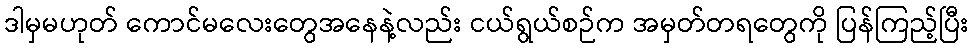
ဒါမှမဟုတ် ကောင်မလေးတွေအနေနဲ့လည်း ငယ်ရွယ်စဉ်က အမှတ်တရတွေကို ပြန်ကြည့်ပြီး